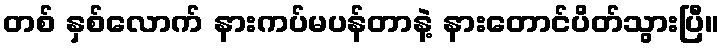
တစ် နှစ်လောက် နားကပ်မပန်တာနဲ့ နားတောင်ပိတ်သွားပြီ။